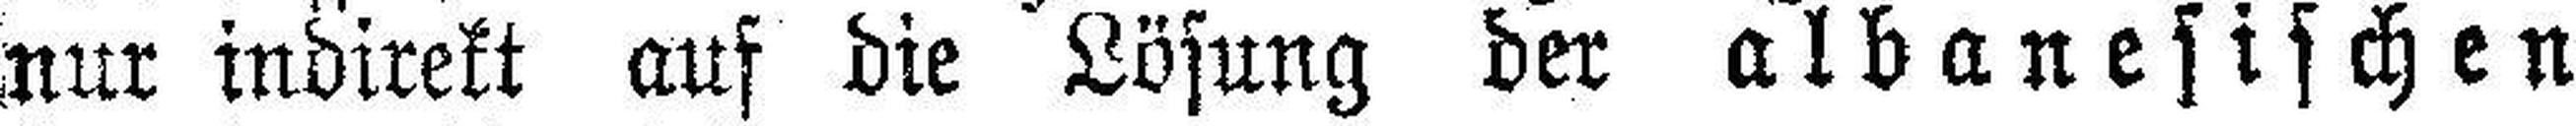
nur indirekt auf die Lösung der albanesischen